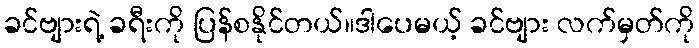
ခင်ဗျားရဲ့ ခရီးကို ပြန်စနိုင်တယ်။ဒါပေမယ့် ခင်ဗျား လက်မှတ်ကို